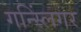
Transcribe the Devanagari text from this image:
गन्स्लिंगर